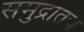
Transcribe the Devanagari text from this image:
समुद्रातच